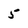
Character: 5